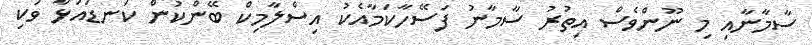
ސާމާނާއި މި ނޫންވެސް އިތުރު ސާމާނު ފަސޭހާކަމާއެކު އިސްލާމިކް ބޭންކުން ކަނޑައަޅާ ވަކި